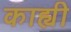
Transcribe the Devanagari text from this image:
काह्यी